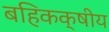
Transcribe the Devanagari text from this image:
बहिकक्षीय